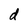
Character: d